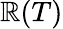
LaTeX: \mathbb{R}(T)